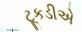
ટૂકડીએ